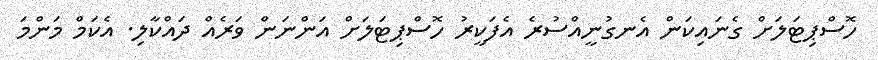
ހޮސްޕިޓަލަށް ގެނައިކަން އެނގުނީއްސުރެ އެފަކީރު ހޮސްޕިޓަލަށް އަންނަން ވަރެއް ދައްކާލި. އެކަމް މަންމަ